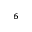
^ { 6 }